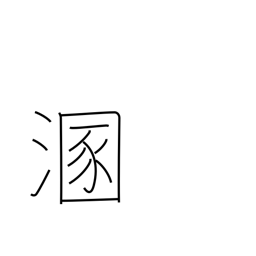
Meaning: get muddy